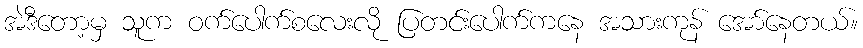
အဲဒီတော့မှ သူက ဝက်ပေါက်စလေးလို ပြတင်းပေါက်ကနေ အသားကုန် အော်နေတယ်။